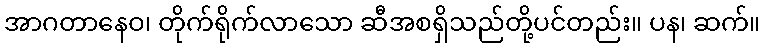
အာဂတာနေဝ၊ တိုက်ရိုက်လာသော ဆီအစရှိသည်တို့ပင်တည်း။ ပန၊ ဆက်။